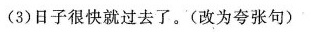
（3）日子很快就过去了。（改为夸张句）